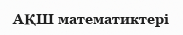
АҚШ математиктері